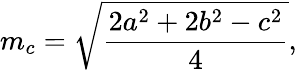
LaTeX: m_{c}={\sqrt{\frac{2a^{2}+2b^{2}-c^{2}}{4}}},